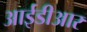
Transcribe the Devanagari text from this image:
आईडीआर